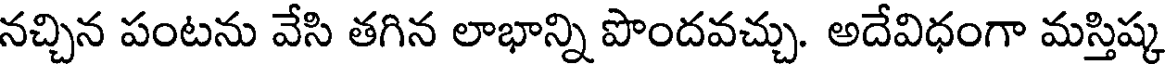
నచ్చిన పంటను వేసి తగిన లాభాన్ని పొందవచ్చు. అదేవిధంగా మస్తిష్క